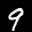
Label: 9